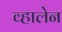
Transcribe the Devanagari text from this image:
व्हालेन